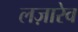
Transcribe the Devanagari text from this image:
लज़ारेव